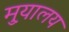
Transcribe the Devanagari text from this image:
मु़यालय